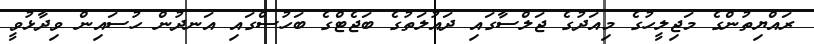
ރައްޔިތުންގެ މަޖިލީހުގެ މިއަދުގެ ޖަލްސާގައި ދައުލަތުގެ ބަޖެޓްގެ ބަހުސްގައި އަނދުން ހުސައިން ވިދާޅުވީ